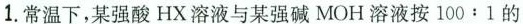
1.常温下，某强酸HX溶液与某强碱MOH溶液按100:1的